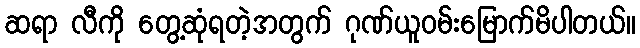
ဆရာ လီကို တွေ့ဆုံရတဲ့အတွက် ဂုဏ်ယူဝမ်းမြောက်မိပါတယ်။